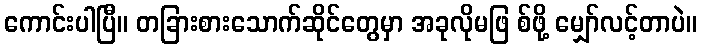
ကောင်းပါပြီ။ တခြားစားသောက်ဆိုင်တွေမှာ အခုလိုမဖြ စ်ဖို့ မျှော်လင့်တာပဲ။